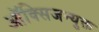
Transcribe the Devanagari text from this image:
ऑक्सिजन्युक्त